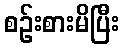
စဉ်းစားမိပြီး